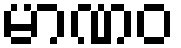
မာဏဝ